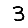
Digit: 3